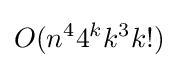
O(n^{4}4^{k}k^{3}k!)